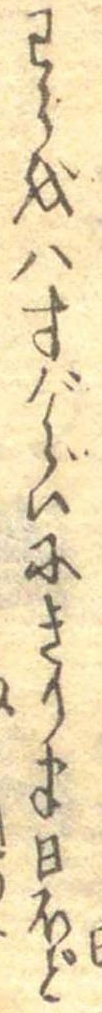
わらを八寸ぐらいにきり半日ほど